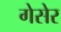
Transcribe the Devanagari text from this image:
गेसेर